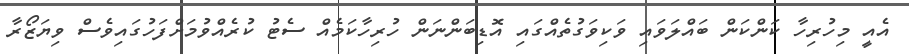
އެއީ މިހުރިހާ ކަންކަން ބައްލަވައި ވަކިވަގުތެއްގައި އޮޑިބަންނަން ހުރިހާކަމެއް ސެޓު ކުރެއްވުމަށްފަހުގައިވެސް ވިޔަޒޯރާ